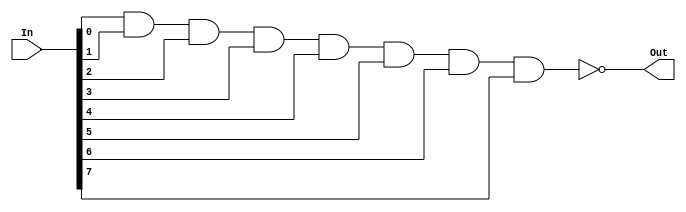
module ttl7430(Out, In);
    output Out;
    input [7:0] In;

    nand #10 (Out[0], In[0], In[1], In[2], In[3], In[4], In[5], In[6], In[7]);
endmodule